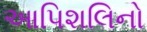
આપિશલિનો